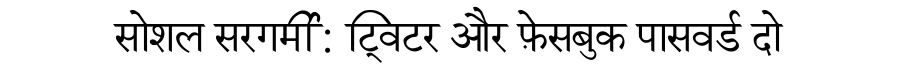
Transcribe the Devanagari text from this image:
सोशल सरगर्मी: ट्विटर और फ़ेसबुक पासवर्ड दो